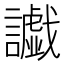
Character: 𮙅